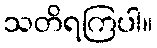
သတိရကြပါ။